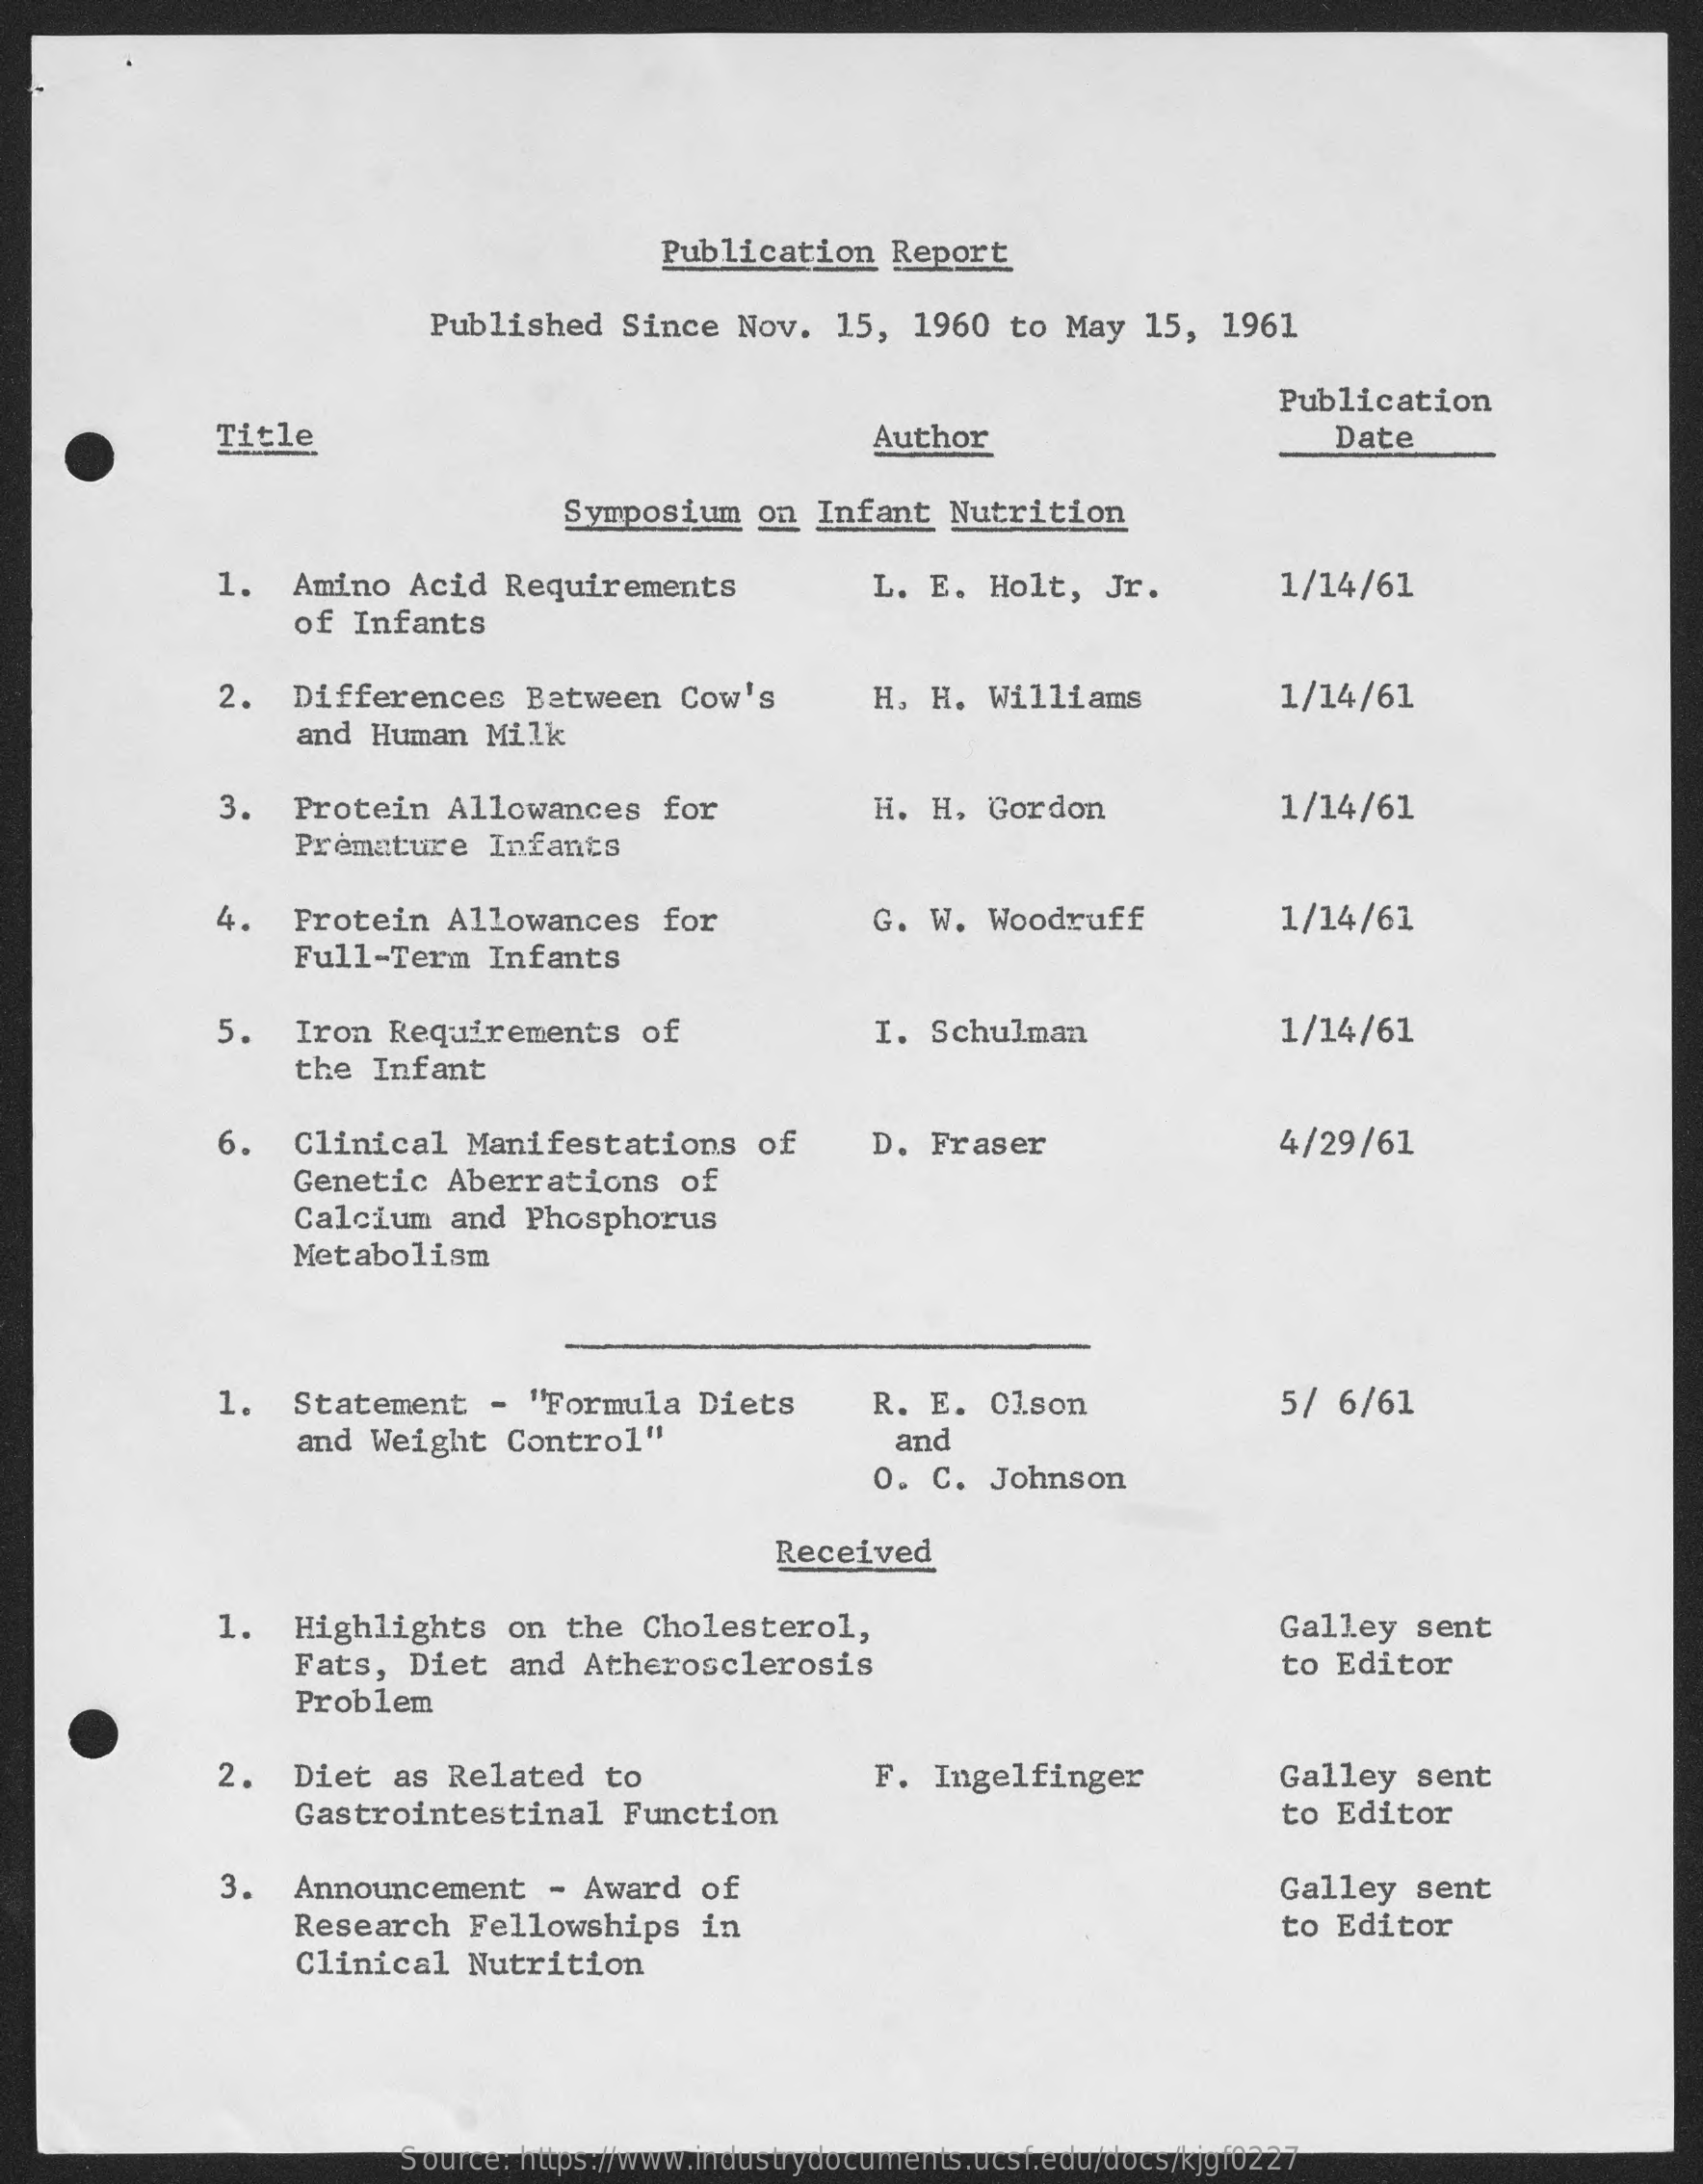
Publication   Report
     Published    Since  Nov.   15,  1960  to  May  15,  1961
     Publication
     Title    Author    Date
     Symposium    on Infant   Nutrition
     1.   Amino   Acid  Requirements    L.  E.  Holt,  Jr.    1/14/61
     of Infants
     2.  Differences    Between   Cow's    H. H.  Williams    1/14/61
     and Human   Milk
     3.  Protein   Allowances    for    H. H.  Gordon    1/14/61
     Premature   Infants
     4.    Protein  Allowances    for    G. W.  Woodruff    1/14/61
     Full-Term   Infants
     5.   Iron  Requirements    of    I. Schulman    1/14/61
     the Infant
     6.   Clinical   Manifestations    of    D. Fraser    4/29/61
     Genetic  Aberrations    of
     Calcium  and  Phosphorus
     Metabolism
     1.  Statement    -  "Formula   Diets    R. E.  C1.son    5/  6/61
     and Weight   Control"    and
     o. C.  Johnson
     Received
     1.   Highlights    on  the  Cholesterol,    Galley   sent
     Fats,   Diet  and  Atherosclerosis    to Editor
     Problem
     2.  Diet   as Related    to    F. Ingelfinger    Galley   sent
     Gastrointestinal    Function    to Editor
     3.  Announcement    - Award   of    Galley   sent
     Research   Fellowships    in    to  Editor
     Clinical   Nutrition
     Source: https://www.industrydocuments.ucsf.edu/docs/kjgf0227